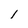
Character: I